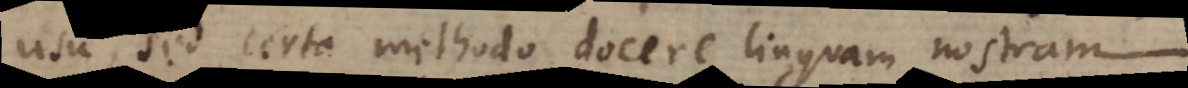
usu, sed certa methodo docere linguam nostram